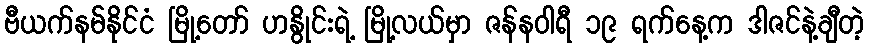
ဗီယက်နမ်နိုင်ငံ မြို့တော် ဟနွိုင်းရဲ့ မြို့လယ်မှာ ဇန်နဝါရီ ၁၉ ရက်နေ့က ဒါဇင်နဲ့ချီတဲ့